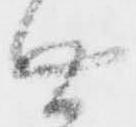
無